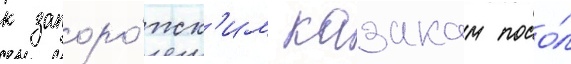
к запоро́жск'им казакам посо́л